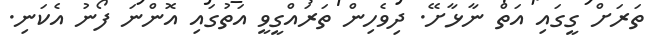
ތަރަށް ގީގައި އަތް ނާޅާށޭ. ދިވެހިން ތަރައްގީވީ އަތުގައި އޮންނަ ފޯނު އެކަނި.